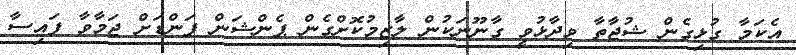
އެކަމާ ގުޅިގެން ޝުޖާތާ ވިދާޅުވީ ގާނޫނަކުން ލާޒިމުކޮށްގެން ޕެންޝަން ފަންޑަށް ޖަމާވާ ފައިސާ